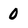
Character: 0